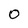
Character: 0